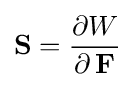
{\bf {S}}={\frac {\partial W}{\partial \,{\bf {F}}}}